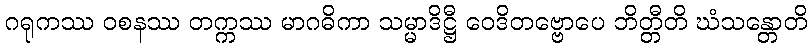
ဂရုကဿ ဝစနဿ တက္ကဿ မာဂဓိကာ သမ္မာဒိဋ္ဌီ ဝေဒိတဗ္ဗောပေ ဘိတ္တီတိ ဃံသန္တောတိ